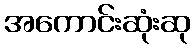
အကောင်းဆုံးဆု